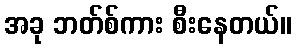
အခု ဘတ်စ်ကား စီးနေတယ်။